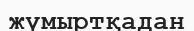
жүмыртқадан